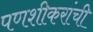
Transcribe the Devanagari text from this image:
पणशीकरांची